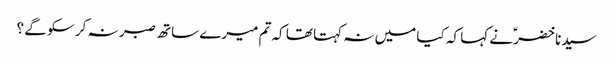
سیدنا خضرؑ نے کہا کہ کیا میں نہ کہتا تھا کہ تم میرے ساتھ صبر نہ کر سکو گے ؟